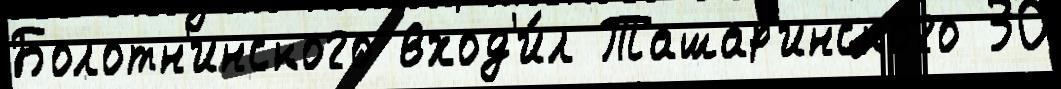
Болотн'инского вход'и́л Ташар'инского 30